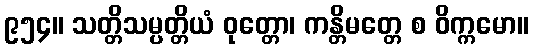
၉၅၄။ သတ္တိသမ္ပတ္တိယံ ဝုတ္တော၊ ကန္တိမတ္တေ စ ဝိက္ကမော။